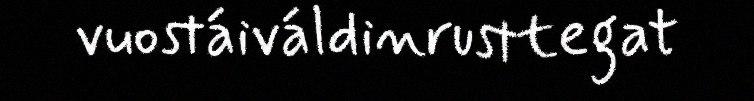
vuostáiváldinrusttegat